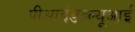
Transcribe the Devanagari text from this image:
पीआईडब्ल्यूआई